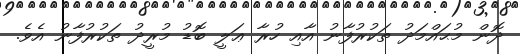
ދޮން މުޙައްމަދު ތަކުރުފާނު އާއި ހުރާ ޢަލީ ބޮޑު މުރީދު ތަކުރުފާނު އެވެ.